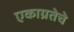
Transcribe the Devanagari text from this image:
एकाग्रतेचे